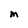
Character: M